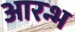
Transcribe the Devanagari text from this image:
आरन्भ